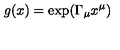
g ( x ) = \exp ( \Gamma _ { \mu } x ^ { \mu } )